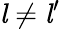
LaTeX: {\mathit{l}}\neq{\mathit{l}}^{\prime}